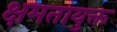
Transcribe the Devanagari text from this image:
क्षमतायुक्त